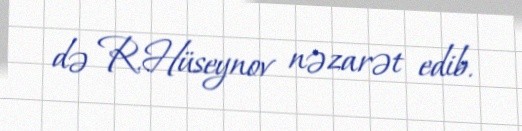
də R.Hüseynov nəzarət edib.